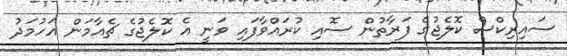
ސައިރިކްސް ކޮލެޖުގެ ފަރާތުން ސޮއި ކުރައްވާފައި ވަނީ އެ ކޮލެޖުގެ ޗެއާމަން އަހުމަދު